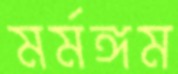
মর্মঙ্গম